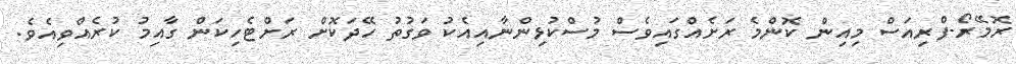
ރޮމޭރޯ-ފްރިއަސް މިއިން ކޮންމެ ރަށެއްގައިވެސް މުސްކުޅިންނާއިއެކު ވަގުތު ހޭދަކޮށް ރަށްޓެހިކަން ގާއިމު ކުރެއްވިއެވެ.